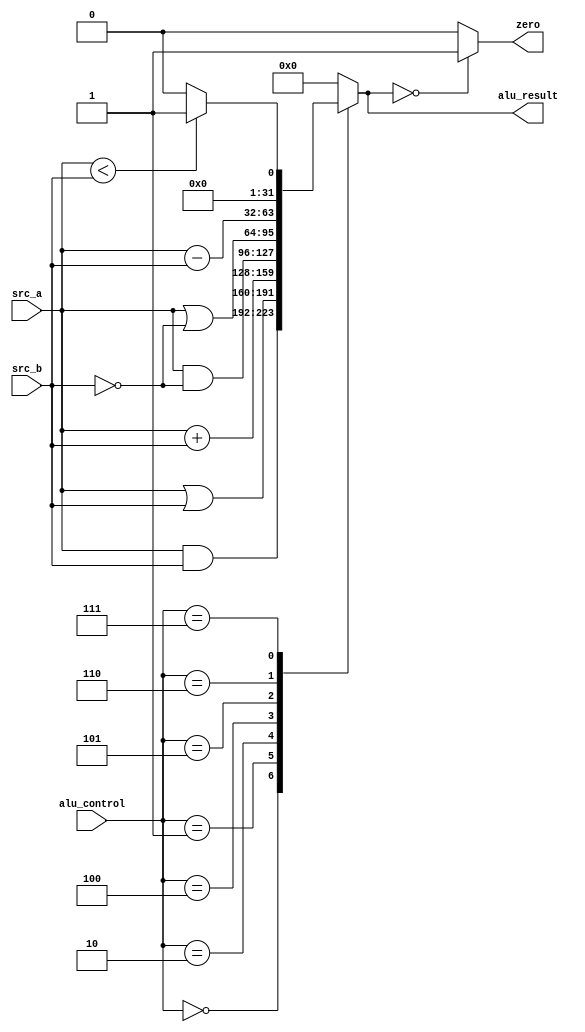
module alu(
	input [2:0] alu_control,
	input [31:0] src_a,
	input [31:0] src_b,
	output reg [31:0] alu_result,
	output reg zero
);
	always@(*)begin
		case(alu_control)
			0:alu_result = src_a&src_b;
			1:alu_result = src_a|src_b;
			2:alu_result = src_a+src_b;
			4:alu_result = src_a&~src_b;
			5:alu_result = src_a|~src_b;
			6:alu_result = src_a-src_b;
			7:alu_result = ($signed(src_a)<$signed(src_b)) ? 1:0;
			default:alu_result = 32'b0;
		endcase
		
		if(alu_result == 32'b0)begin
			zero = 1'b1;
		end
		else begin
			zero = 1'b0;
		end
	end
endmodule